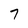
Character: 7